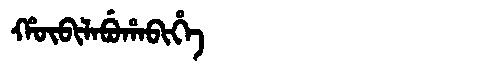
Manchu: ᡥᡡᠪᡳᠯᠠᠪᡠᡥᠠᠪᡳᡥᡝ
Romanization: HŪBILABUHABIHE